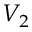
V _ { 2 }